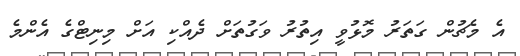
އެ މެޗުން ގަތަރު މޮޅުވީ އިތުރު ވަގުތަށް ދެއްކި އަށް މިނިޓްގެ އެންމެ